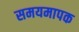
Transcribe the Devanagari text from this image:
समयमापक